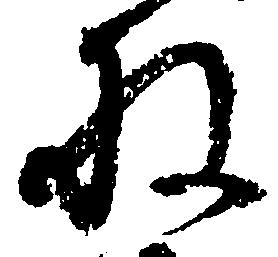
収